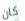
كان